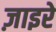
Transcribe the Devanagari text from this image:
ज़ाइरे